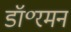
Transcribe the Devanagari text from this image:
डॉ॰रमन